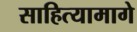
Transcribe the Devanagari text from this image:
साहित्यामागे